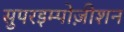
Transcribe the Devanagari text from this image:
सुपरइम्पोज़ीशन